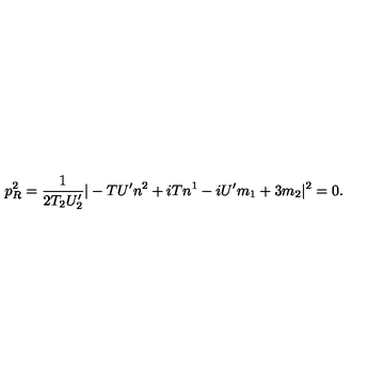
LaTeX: p _ { R } ^ { 2 } = \frac { 1 } { 2 T _ { 2 } U _ { 2 } ^ { \prime } } | - { T } U ^ { \prime } n ^ { 2 } + i { T } n ^ { 1 } - i U ^ { \prime } m _ { 1 } + 3 m _ { 2 } | ^ { 2 } = 0 .